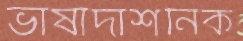
ভাষাদার্শনিক